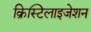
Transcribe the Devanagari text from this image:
क्रिस्टिलाइजेशन